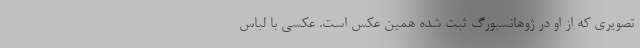
تصویری که از او در ژوهانسبورگ ثبت شده همین عکس است. عکسی با لباس